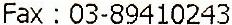
FAX : 03-89410243